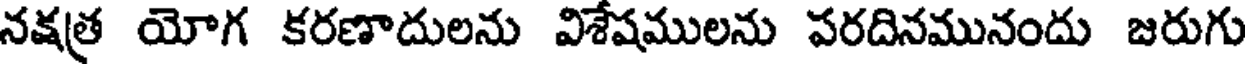
నక్షత్ర యోగ కరణాదులను విశేషములను పరదినమునందు జరుగు